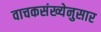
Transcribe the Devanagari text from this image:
वाचकसंख्येनुसार